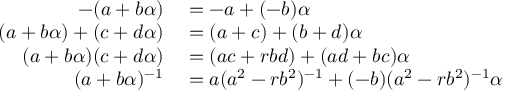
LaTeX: \begin{array} { r l } { - ( a + b \alpha ) } & { { } = - a + ( - b ) \alpha } \\ { ( a + b \alpha ) + ( c + d \alpha ) } & { { } = ( a + c ) + ( b + d ) \alpha } \\ { ( a + b \alpha ) ( c + d \alpha ) } & { { } = ( a c + r b d ) + ( a d + b c ) \alpha } \\ { ( a + b \alpha ) ^ { - 1 } } & { { } = a ( a ^ { 2 } - r b ^ { 2 } ) ^ { - 1 } + ( - b ) ( a ^ { 2 } - r b ^ { 2 } ) ^ { - 1 } \alpha } \end{array}